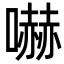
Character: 嚇